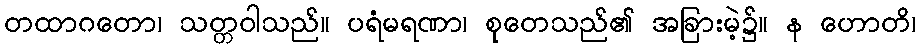
တထာဂတော၊ သတ္တဝါသည်။ ပရံမရဏာ၊ စုတေသည်၏ အခြားမဲ့၌။ န ဟောတိ၊